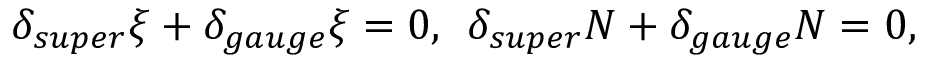
\delta _ { s u p e r } \xi + \delta _ { g a u g e } \xi = 0 , \: \: \delta _ { s u p e r } N + \delta _ { g a u g e } N = 0 ,